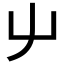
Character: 䶹